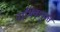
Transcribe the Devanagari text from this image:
नाभिकयुक्त